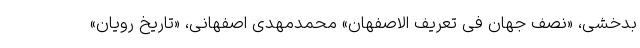
بدخشی، «نصف جهان فی تعریف الاصفهانِ» محمدمهدی اصفهانی، «تاریخ رویان»